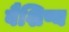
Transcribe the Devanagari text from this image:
वैशिष्य